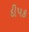
દીપક